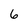
Character: 6